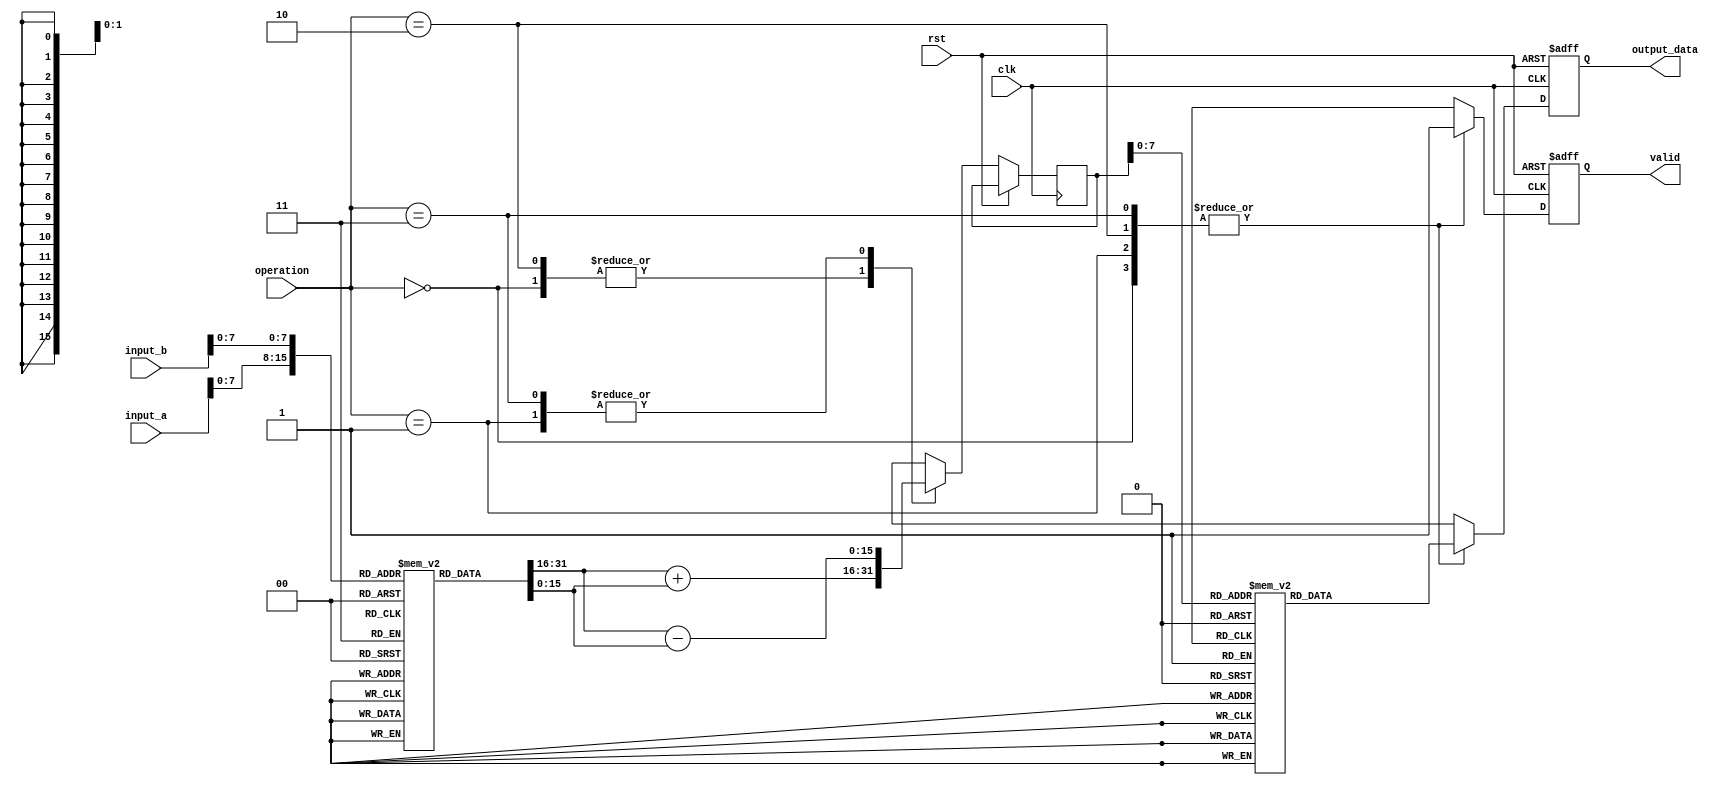
module LogarithmBasedDSPU (
    input wire clk,
    input wire rst,
    input wire [15:0] input_a,    // Example input width
    input wire [15:0] input_b,
    input wire [1:0] operation,    // 2'b00: ADD, 2'b01: SUB, 2'b10: MUL, 2'b11: DIV
    output reg [15:0] output_data, // Example output width
    output reg valid
);

// Logarithm Lookup Table (LUT)
reg [15:0] log_lut[0:255]; // Simplified for a 256-entry table
initial begin
    // Populate your logarithm LUT (values based on base-2 logarithm)
    // Example values initialized to 0, fill with appropriate values.
end

// Anti-logarithm Lookup Table (LUT)
reg [15:0] antilog_lut[0:255]; // Simplified for a 256-entry table
initial begin
    // Populate your antilog LUT (inverses of the above)
    // Example values initialized to 0, fill with appropriate values.
end

// Signals for intermediate calculations
wire [15:0] log_a;
wire [15:0] log_b;
wire [15:0] log_result;

assign log_a = log_lut[input_a]; // Lookup to get logarithmic value of input_a
assign log_b = log_lut[input_b]; // Lookup to get logarithmic value of input_b

always @(posedge clk or posedge rst) begin
    if (rst) begin
        output_data <= 16'b0;
        valid <= 1'b0;
    end else begin
        case (operation)
            2'b00: begin // ADD
                // logResult = log_a + log_b
                log_result <= log_a + log_b;
                output_data <= antilog_lut[log_result]; // Anti-log to get the result
                valid <= 1'b1;
            end
            2'b01: begin // SUB
                // logResult = log_a - log_b
                log_result <= log_a - log_b;
                output_data <= antilog_lut[log_result];
                valid <= 1'b1;
            end
            2'b10: begin // MUL
                // Implements multiplication as addition in log space
                log_result <= log_a + log_b;
                output_data <= antilog_lut[log_result];
                valid <= 1'b1;
            end
            2'b11: begin // DIV
                // Implements division as subtraction in log space
                log_result <= log_a - log_b;
                output_data <= antilog_lut[log_result];
                valid <= 1'b1;
            end
            default: begin
                output_data <= 16'b0;
                valid <= 1'b0;
            end
        endcase
    end
end

endmodule